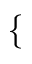
\{